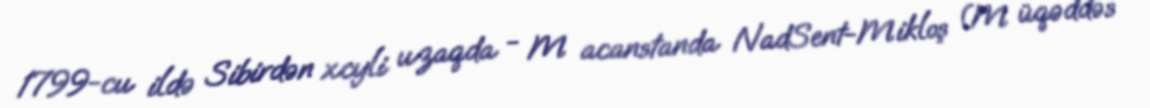
1799-cu ildə Sibirdən xcyli uzaqda - M acanstanda NadSent-Mikloş (M üqəddəs